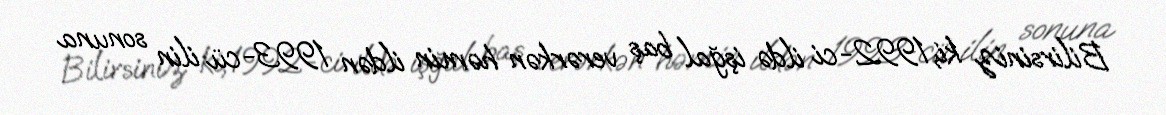
Bilirsiniz ki, 1992-ci ildə işğal baş verərkən həmin ildən 1993-cü ilin sonuna